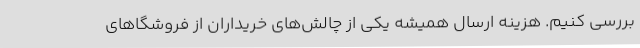
بررسی کنیم. هزینه ارسال همیشه یکی از چالش‌های خریداران از فروشگاهای